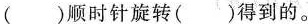
( )顺时针旋转( )得到的。